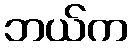
ဘယ်က